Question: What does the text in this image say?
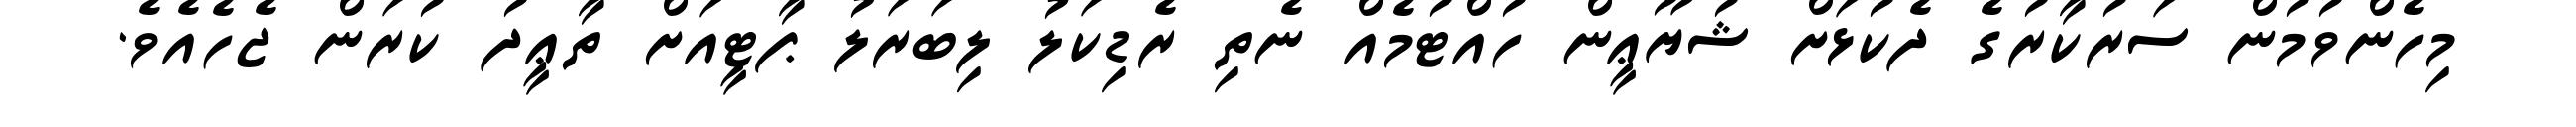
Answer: މިހެންވުމުން ސަރުކާރުގެ ދެކުޅަށް ޝުޔޫޢީން ހުއްޓުމެއް ނެތި ރެޑިކަލު ލިބަރަލު ޕާޓީއަށް ތާޢީދު ކުރަން ޖެހެއެވެ.